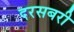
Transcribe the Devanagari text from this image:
दरसबरी